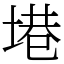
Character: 塂